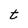
Character: t